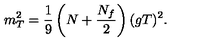
m _ { T } ^ { 2 } = \frac { 1 } { 9 } \left( N + \frac { N _ { f } } { 2 } \right) ( g T ) ^ { 2 } .